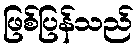
ဖြစ်ပြန်သည်